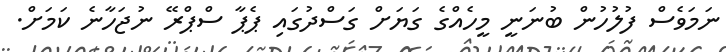
ނަމަވެސް ފުލުހުން ބުނަނީ މީހެއްގެ ގަޔަށް ގަސްދުގައި ޕެޕާ ސްޕްރޭ ނުޖަހާނެ ކަމަށް.